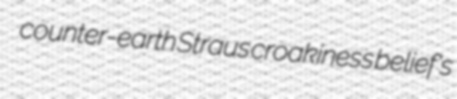
counter-earth Straus croakiness belief's